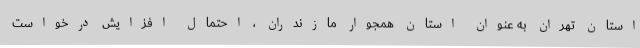
استان تهران به عنوان استان همجوار مازندران ، احتمال افزایش درخواست